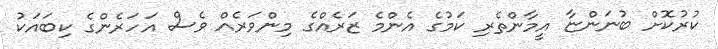
ކުރުކޮށް ބުނަންޏާ އީމާންތެރި ކަމުގެ އެންމެ ޒަރެއްގެ މިންވަރެއް ވެސް އަހަރެންގެ ކިބައަކު